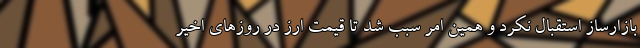
بازارساز استقبال نکرد و همین امر سبب شد تا قیمت ارز در روزهای اخیر